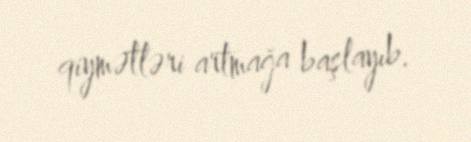
qiymətləri artmağa başlayıb.